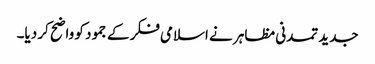
جدید تمدنی مظاہر نے اسلامی فکر کے جمود کو واضح کر دیا۔